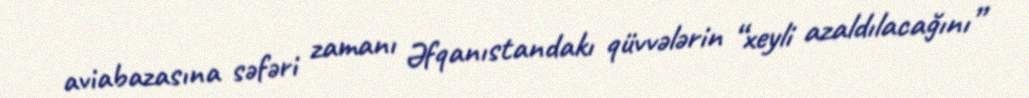
aviabazasına səfəri zamanı Əfqanıstandakı qüvvələrin “xeyli azaldılacağını”